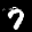
Label: 7